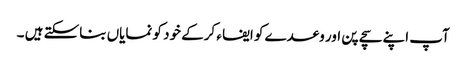
آپ اپنے سچے پن اور وعدے کو ایفا ء کرکے خود کو نمایاں بناسکتے ہیں ۔